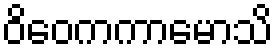
ဝိဝေကကာမောသိ